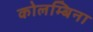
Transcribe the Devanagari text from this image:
कोलम्बिना